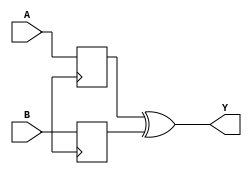
module xor_gate_delay (
  input wire A,
  input wire B,
  output reg Y
);

reg delayed_A, delayed_B;

// introduce delay using flip-flops or other sequential elements
always @(posedge clk) begin
  delayed_A <= A;
  delayed_B <= B;
end

// XOR gate operation with delayed inputs
assign Y = delayed_A ^ delayed_B;

endmodule